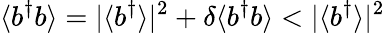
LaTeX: \langle b^{\dagger}b\rangle=|\langle b^{\dagger}\rangle|^{2}+\delta\langle b^{\dagger}b\rangle<|\langle b^{\dagger}\rangle|^{2}